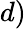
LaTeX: d)